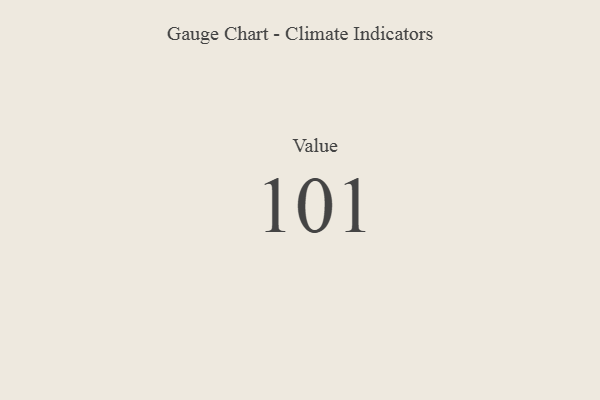
{"axis": {"x": "Metric", "y": "Value"}, "legend": [""], "data": [{"x": "Value", "y": 101, "type": ""}]}